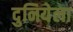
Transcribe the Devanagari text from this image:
दुनियेला